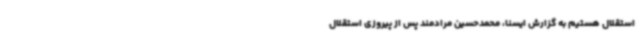
استقلال هستیم به گزارش ایسنا، محمدحسین مرادمند پس از پیروزی استقلال